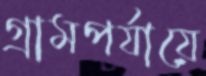
গ্রামপর্যায়ে